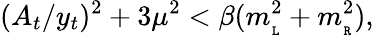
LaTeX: (A_{t}/y_{t})^{2}+3\mu^{2}<\beta(m_{\tt_{L}}^{2}+m_{\tt_{R}}^{2}),